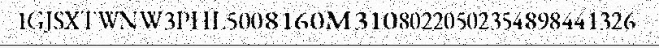
1GJSXTWNW3PHL5008160M31080220502354898441326